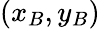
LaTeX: (x_{B},y_{B})